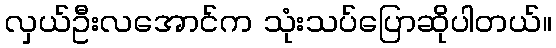
လှယ်ဦးလအောင်က သုံးသပ်ပြောဆိုပါတယ်။